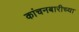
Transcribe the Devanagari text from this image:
कांचनबारीच्या